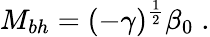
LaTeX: M_{bh}=(-\gamma)^{\frac{1}{2}}\beta_{0}\; .